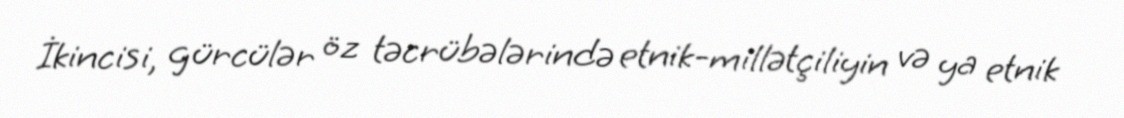
İkincisi, gürcülər öz təcrübələrində etnik-millətçiliyin və ya etnik